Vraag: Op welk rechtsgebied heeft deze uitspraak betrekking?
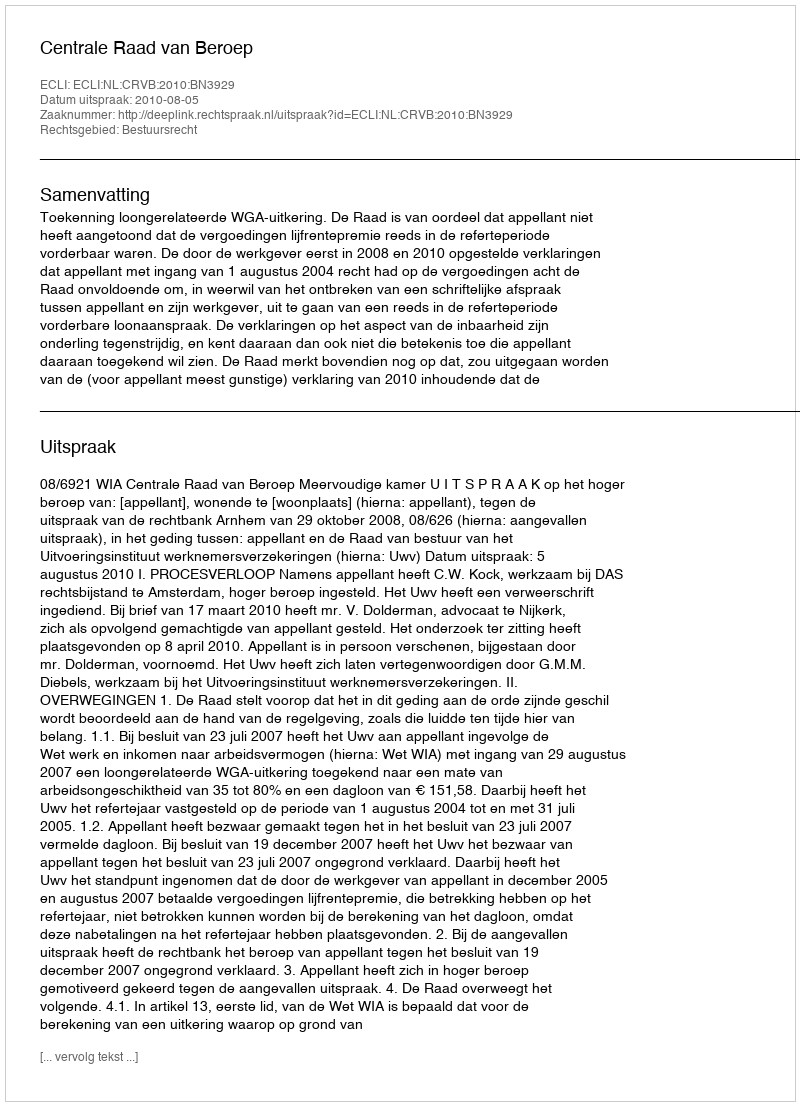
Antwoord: Bestuursrecht